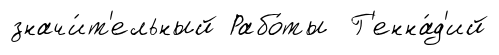
значи́т'ельный Рабо́ты Г'енна́д'ий